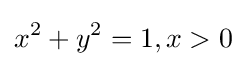
x^{2}+y^{2}=1,x>0